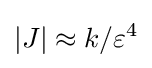
|J|\approx k/\varepsilon ^{4}